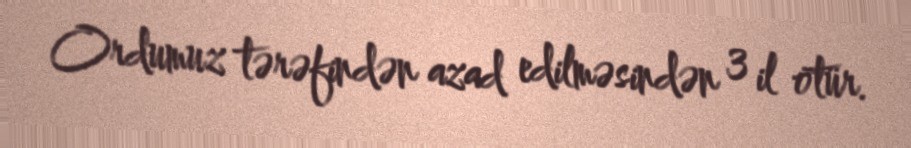
Ordumuz tərəfindən azad edilməsindən 3 il ötür.